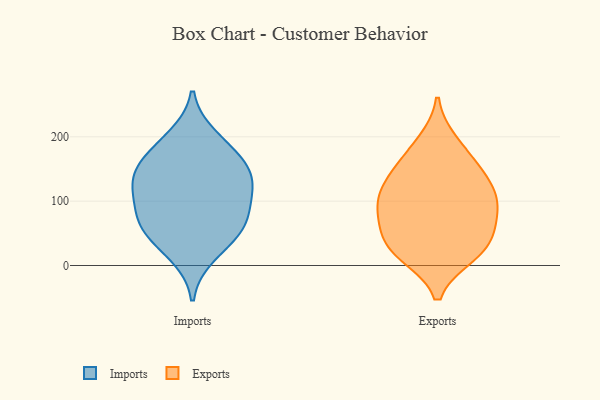
{"axis": {"x": "Shipments", "y": "Value"}, "legend": ["Exports", "Imports"], "data": [{"x": "", "y": 51, "type": "Imports"}, {"x": "", "y": 133, "type": "Imports"}, {"x": "", "y": 86, "type": "Imports"}, {"x": "", "y": 122, "type": "Imports"}, {"x": "", "y": 16, "type": "Imports"}, {"x": "", "y": 55, "type": "Imports"}, {"x": "", "y": 90, "type": "Imports"}, {"x": "", "y": 156, "type": "Imports"}, {"x": "", "y": 180, "type": "Imports"}, {"x": "", "y": 125, "type": "Imports"}, {"x": "", "y": 59, "type": "Imports"}, {"x": "", "y": 200, "type": "Imports"}, {"x": "", "y": 153, "type": "Imports"}, {"x": "", "y": 66, "type": "Exports"}, {"x": "", "y": 24, "type": "Exports"}, {"x": "", "y": 108, "type": "Exports"}, {"x": "", "y": 93, "type": "Exports"}, {"x": "", "y": 92, "type": "Exports"}, {"x": "", "y": 65, "type": "Exports"}, {"x": "", "y": 191, "type": "Exports"}, {"x": "", "y": 36, "type": "Exports"}, {"x": "", "y": 23, "type": "Exports"}, {"x": "", "y": 114, "type": "Exports"}, {"x": "", "y": 136, "type": "Exports"}, {"x": "", "y": 143, "type": "Exports"}, {"x": "", "y": 17, "type": "Exports"}, {"x": "", "y": 168, "type": "Exports"}]}